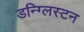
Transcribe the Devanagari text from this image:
डन्ग्लिस्टन